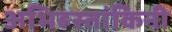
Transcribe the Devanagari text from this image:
अभिहस्तांकिनी